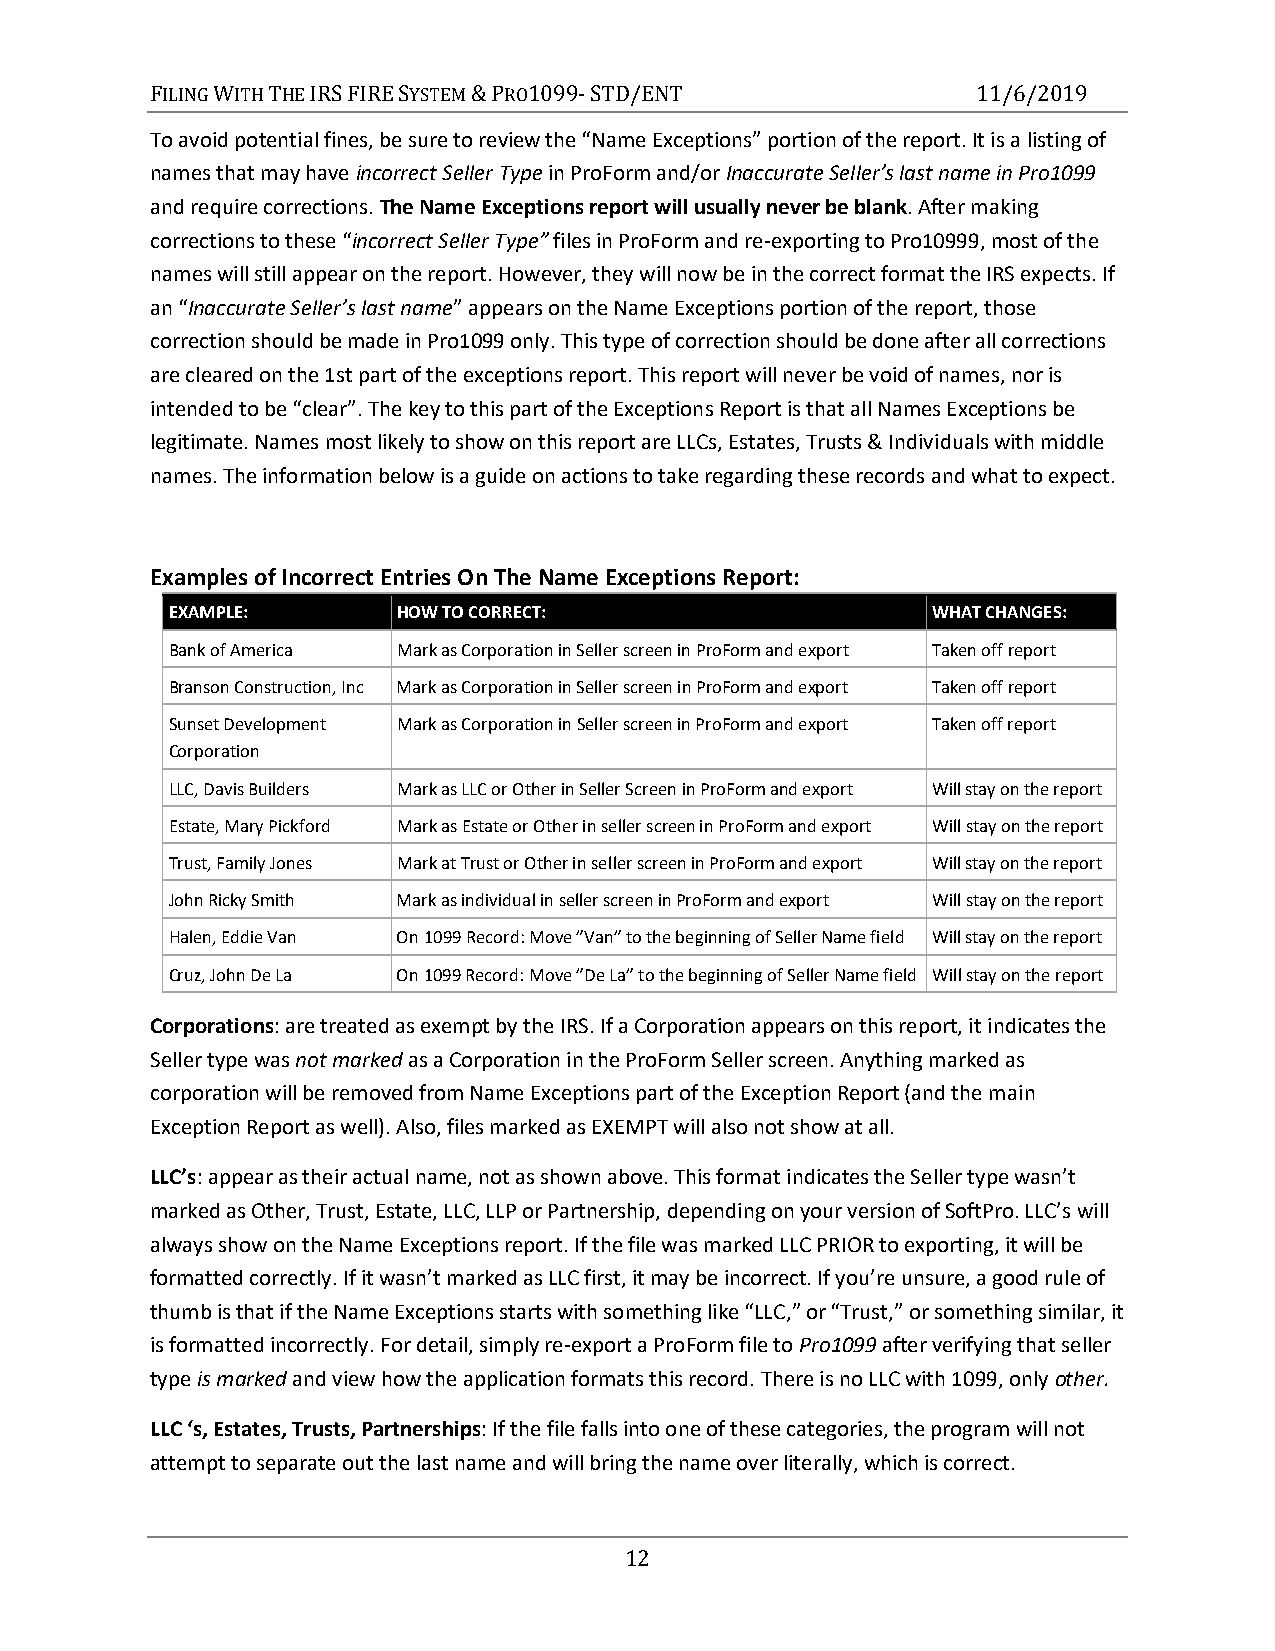
FILING WITH THE IRS FIRE SYSTEM & PRO1099- STD/ENT     11/6/2019
 To avoid potential fines, be sure to review the “Name Exceptions” portion of the report. It is a listing of
 names that may have incorrect Seller Type in ProForm and/or Inaccurate Seller’s last name in Pro1099
 and require corrections. The Name Exceptions report will usually never be blank. After making
 corrections to these “incorrect Seller Type” files in ProForm and re-exporting to Pro10999, most of the
 names will still appear on the report. However, they will now be in the correct format the IRS expects. If
 an “Inaccurate Seller’s last name” appears on the Name Exceptions portion of the report, those
 correction should be made in Pro1099 only. This type of correction should be done after all corrections
 are cleared on the 1st part of the exceptions report. This report will never be void of names, nor is
 intended to be “clear”. The key to this part of the Exceptions Report is that all Names Exceptions be
 legitimate. Names most likely to show on this report are LLCs, Estates, Trusts & Individuals with middle
 names. The information below is a guide on actions to take regarding these records and what to expect.
 Examples of Incorrect Entries On The Name Exceptions Report:
 EXAMPLE:       HOW TO CORRECT:                     WHAT CHANGES:
 Bank of America Mark as Corporation in Seller screen in ProForm and export Taken off report
 Branson Construction, Inc Mark as Corporation in Seller screen in ProForm and export Taken off report
 Sunset Development Mark as Corporation in Seller screen in ProForm and export Taken off report
 Corporation
 LLC, Davis Builders Mark as LLC or Other in Seller Screen in ProForm and export Will stay on the report
 Estate, Mary Pickford Mark as Estate or Other in seller screen in ProForm and export Will stay on the report
 Trust, Family Jones Mark at Trust or Other in seller screen in ProForm and export Will stay on the report
 John Ricky Smith Mark as individual in seller screen in ProForm and export Will stay on the report
 Halen, Eddie Van On 1099 Record: Move ”Van” to the beginning of Seller Name field Will stay on the report
 Cruz, John De La On 1099 Record: Move ”De La” to the beginning of Seller Name field Will stay on the report
 Corporations: are treated as exempt by the IRS. If a Corporation appears on this report, it indicates the
 Seller type was not marked as a Corporation in the ProForm Seller screen. Anything marked as
 corporation will be removed from Name Exceptions part of the Exception Report (and the main
 Exception Report as well). Also, files marked as EXEMPT will also not show at all.
 LLC’s: appear as their actual name, not as shown above. This format indicates the Seller type wasn’t
 marked as Other, Trust, Estate, LLC, LLP or Partnership, depending on your version of SoftPro. LLC’s will
 always show on the Name Exceptions report. If the file was marked LLC PRIOR to exporting, it will be
 formatted correctly. If it wasn’t marked as LLC first, it may be incorrect. If you’re unsure, a good rule of
 thumb is that if the Name Exceptions starts with something like “LLC,” or “Trust,” or something similar, it
 is formatted incorrectly. For detail, simply re-export a ProForm file to Pro1099 after verifying that seller
 type is marked and view how the application formats this record. There is no LLC with 1099, only other.
 LLC ‘s, Estates, Trusts, Partnerships: If the file falls into one of these categories, the program will not
 attempt to separate out the last name and will bring the name over literally, which is correct.
 12